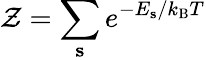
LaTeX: \mathcal{Z}=\sum_{\mathbf{s}}e^{-E_{\mathbf{s}}/k_{\mathrm{B}}T}